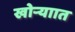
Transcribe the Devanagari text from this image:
खोऱ्याात